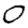
Digit: 0